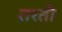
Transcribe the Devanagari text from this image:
तरती